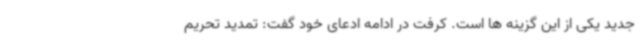
جدید یکی از این گزینه ها است. کرفت در ادامه ادعای خود گفت: تمدید تحریم